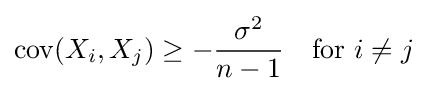
\operatorname {cov} (X_{i},X_{j})\geq -{\frac {\sigma ^{2}}{n-1}}\quad {\text{for }}i\neq j